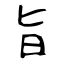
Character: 旨